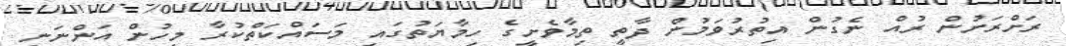
ރަށްރަށުން ރުއް ނެގުން އިތުރުވަމުން ދާތީ ތިމާވެށީގެ ހިމާޔަތުގައި މަސައްކަތްކުރާ މީހުން އަންނަނީ